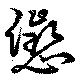
懲